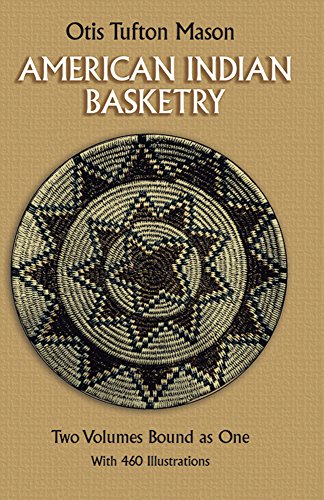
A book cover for American Indian Basketry [Two Volumes Bound as One, With 460 Illustrations]; Otis Tufton Mason; Crafts, Hobbies & Home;